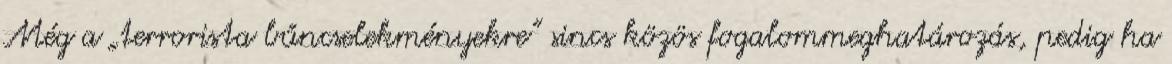
Még a „terrorista bűncselekményekre” sincs közös fogalommeghatározás, pedig ha